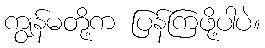
ကျွန်မတို့က ပြန်ကြဖို့ပါပဲ။